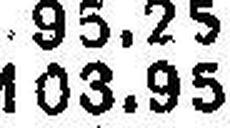
103.95